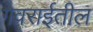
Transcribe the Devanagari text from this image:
गेवराईतील